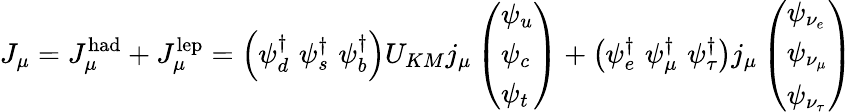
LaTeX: J_{\mu}=J_{\mu}^{\mathrm{had}}+J_{\mu}^{\mathrm{lep}}=\left(\psi_{d}^{\dagger}\, \, \psi_{s}^{\dagger}\, \, \psi_{b}^{\dagger}\right)U_{KM}j_{\mu}\left(\begin{array}{l}{{\psi_{u}}}\\ {{\psi_{c}}}\\ {{\psi_{t}}}\end{array}\right)+\left(\psi_{e}^{\dagger}\, \, \psi_{\mu}^{\dagger}\, \, \psi_{\tau}^{\dagger}\right)j_{\mu}\left(\begin{array}{l}{{\psi_{\nu_{e}}}}\\ {{\psi_{\nu_{\mu}}}}\\ {{\psi_{\nu_{\tau}}}}\end{array}\right)